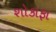
શોકાફા